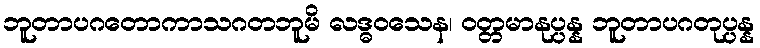
ဘူတာပဂတောကာသဂတဘူမိ လဒ္ဓဝသေန၊ ဝတ္တမာနုပ္ပန္န ဘူတာပဂတုပ္ပန္န